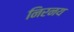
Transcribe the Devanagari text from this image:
निरनय